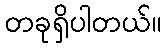
တခုရှိပါတယ်။